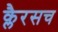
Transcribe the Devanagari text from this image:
क्लैरसच